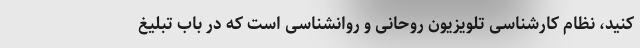
کنید، نظام کارشناسی تلویزیون روحانی و روانشناسی است که در باب تبلیغ